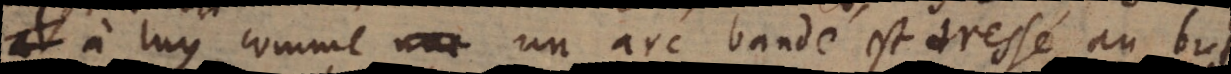
à luy comme un arc bandé est dressé au but,